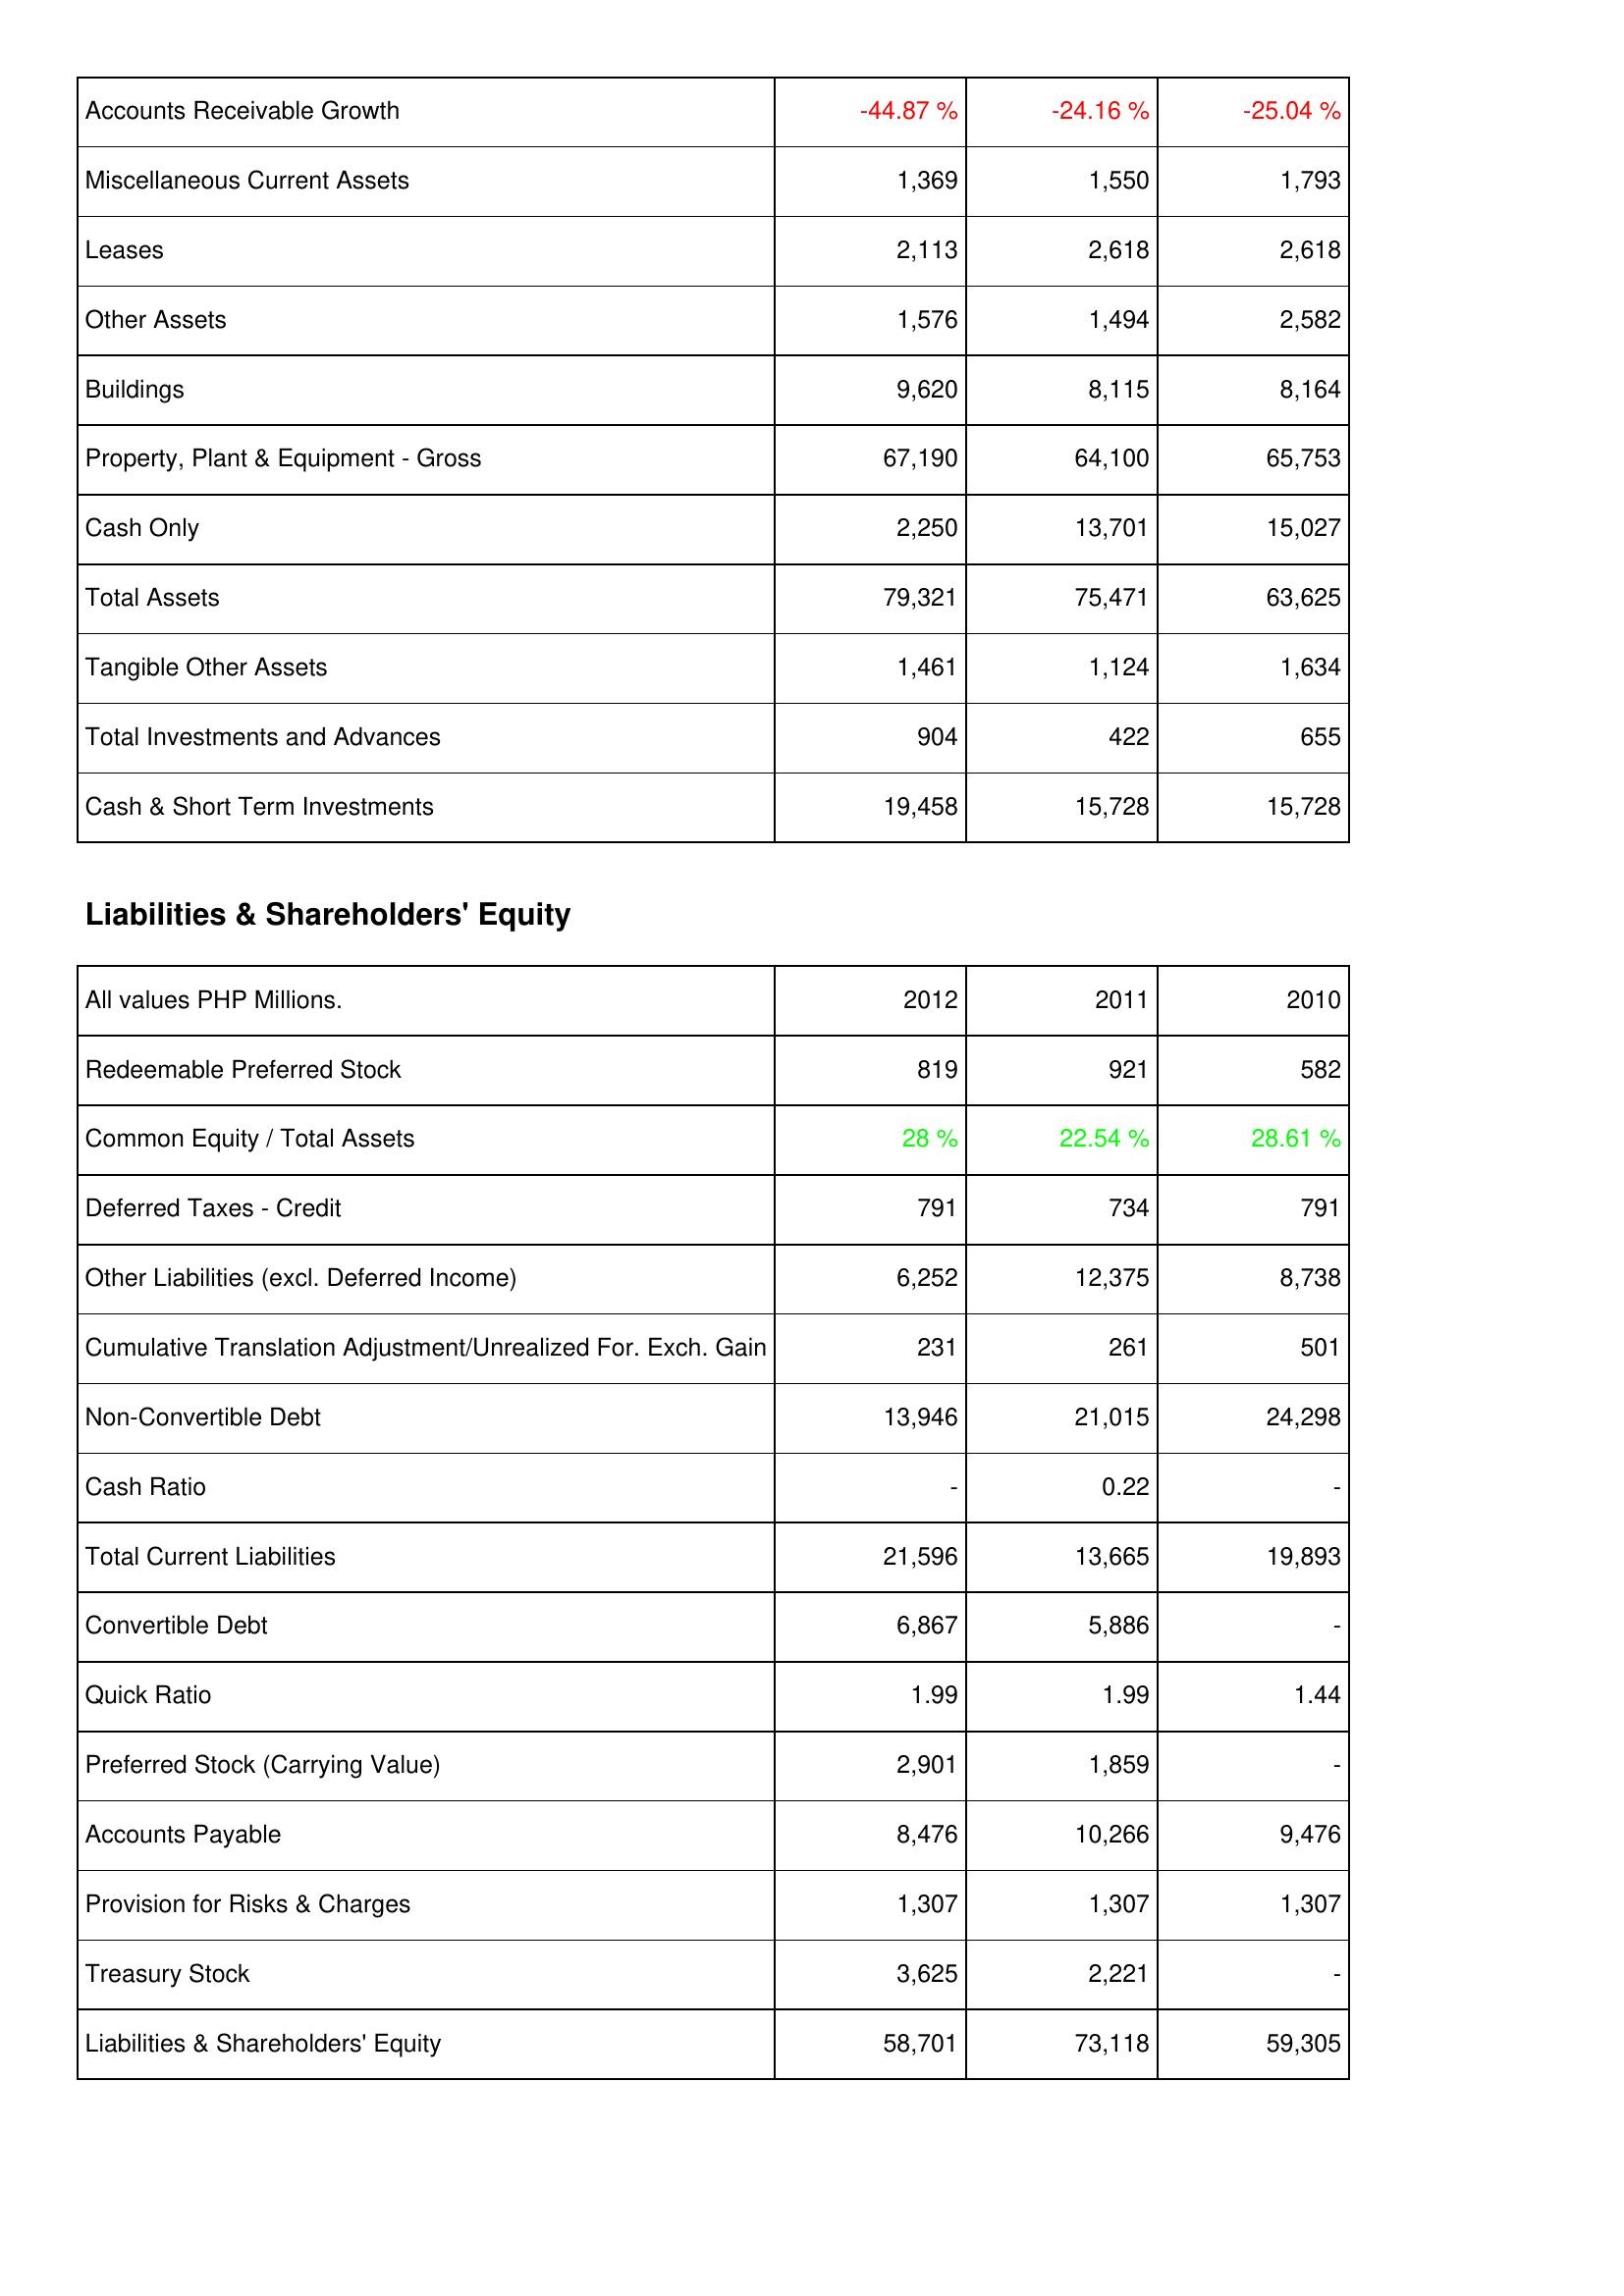
2012: Assets: Accounts Receivable Growth: -44.87 %
Miscellaneous Current Assets: 1,369
Leases: 2,113
Other Assets: 1,576
Buildings: 9,620
Property, Plant & Equipment - Gross: 67,190
Cash Only: 2,250
Total Assets: 79,321
Tangible Other Assets: 1,461
Total Investments and Advances: 904
Cash & Short Term Investments: 19,458
Liabilities & Shareholders' Equity: Redeemable Preferred Stock: 819
Common Equity / Total Assets: 28 %
Deferred Taxes - Credit: 791
Other Liabilities (excl. Deferred Income): 6,252
Cumulative Translation Adjustment/Unrealized For. Exch. Gain: 231
Non-Convertible Debt: 13,946
Cash Ratio: -
Total Current Liabilities: 21,596
Convertible Debt: 6,867
Quick Ratio: 1.99
Preferred Stock (Carrying Value): 2,901
Accounts Payable: 8,476
Provision for Risks & Charges: 1,307
Treasury Stock: 3,625
Liabilities & Shareholders' Equity: 58,701
2011: Assets: Accounts Receivable Growth: -24.16 %
Miscellaneous Current Assets: 1,550
Leases: 2,618
Other Assets: 1,494
Buildings: 8,115
Property, Plant & Equipment - Gross: 64,100
Cash Only: 13,701
Total Assets: 75,471
Tangible Other Assets: 1,124
Total Investments and Advances: 422
Cash & Short Term Investments: 15,728
Liabilities & Shareholders' Equity: Redeemable Preferred Stock: 921
Common Equity / Total Assets: 22.54 %
Deferred Taxes - Credit: 734
Other Liabilities (excl. Deferred Income): 12,375
Cumulative Translation Adjustment/Unrealized For. Exch. Gain: 261
Non-Convertible Debt: 21,015
Cash Ratio: 0.22
Total Current Liabilities: 13,665
Convertible Debt: 5,886
Quick Ratio: 1.99
Preferred Stock (Carrying Value): 1,859
Accounts Payable: 10,266
Provision for Risks & Charges: 1,307
Treasury Stock: 2,221
Liabilities & Shareholders' Equity: 73,118
2010: Assets: Accounts Receivable Growth: -25.04 %
Miscellaneous Current Assets: 1,793
Leases: 2,618
Other Assets: 2,582
Buildings: 8,164
Property, Plant & Equipment - Gross: 65,753
Cash Only: 15,027
Total Assets: 63,625
Tangible Other Assets: 1,634
Total Investments and Advances: 655
Cash & Short Term Investments: 15,728
Liabilities & Shareholders' Equity: Redeemable Preferred Stock: 582
Common Equity / Total Assets: 28.61 %
Deferred Taxes - Credit: 791
Other Liabilities (excl. Deferred Income): 8,738
Cumulative Translation Adjustment/Unrealized For. Exch. Gain: 501
Non-Convertible Debt: 24,298
Cash Ratio: -
Total Current Liabilities: 19,893
Convertible Debt: -
Quick Ratio: 1.44
Preferred Stock (Carrying Value): -
Accounts Payable: 9,476
Provision for Risks & Charges: 1,307
Treasury Stock: -
Liabilities & Shareholders' Equity: 59,305